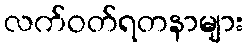
လက်ဝတ်ရတနာများ